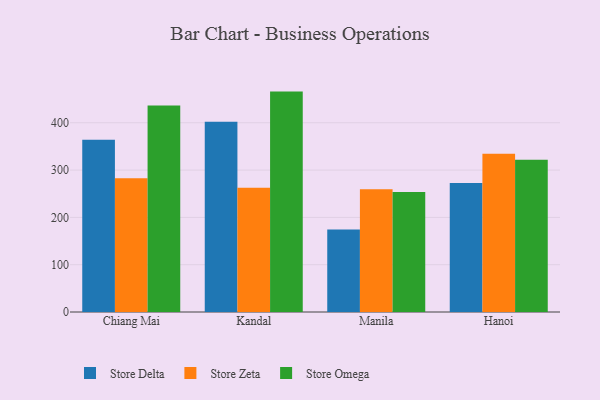
{"axis": {"x": "City", "y": "Inventory Turnover"}, "legend": ["Store Delta", "Store Omega", "Store Zeta"], "data": [{"x": "Chiang Mai", "y": 364.2, "type": "Store Delta"}, {"x": "Chiang Mai", "y": 282.6, "type": "Store Zeta"}, {"x": "Chiang Mai", "y": 436.3, "type": "Store Omega"}, {"x": "Kandal", "y": 402.3, "type": "Store Delta"}, {"x": "Kandal", "y": 262.7, "type": "Store Zeta"}, {"x": "Kandal", "y": 465.9, "type": "Store Omega"}, {"x": "Manila", "y": 174.6, "type": "Store Delta"}, {"x": "Manila", "y": 259.6, "type": "Store Zeta"}, {"x": "Manila", "y": 253.5, "type": "Store Omega"}, {"x": "Hanoi", "y": 272.7, "type": "Store Delta"}, {"x": "Hanoi", "y": 334.5, "type": "Store Zeta"}, {"x": "Hanoi", "y": 321.7, "type": "Store Omega"}]}